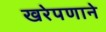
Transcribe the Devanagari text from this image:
खरेपणाने